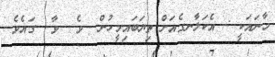
މާނައަކީ : އެކަލާނގެއަށް ތިޔަބައިމީހުން  ވެ  ވާ  ގައެވެ.